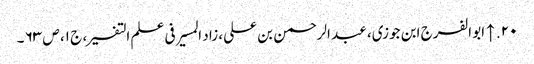
۲۰. ↑ ابو الفرج ابن جوزی، عبد الرحمن بن علی، زاد المسیر فی علم التفسیر، ج ۱، ص ۶۳ ۔